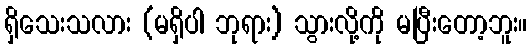
ရှိသေးသလား (မရှိပါ ဘုရား) သွားလို့ကို မပြီးတော့ဘူး။